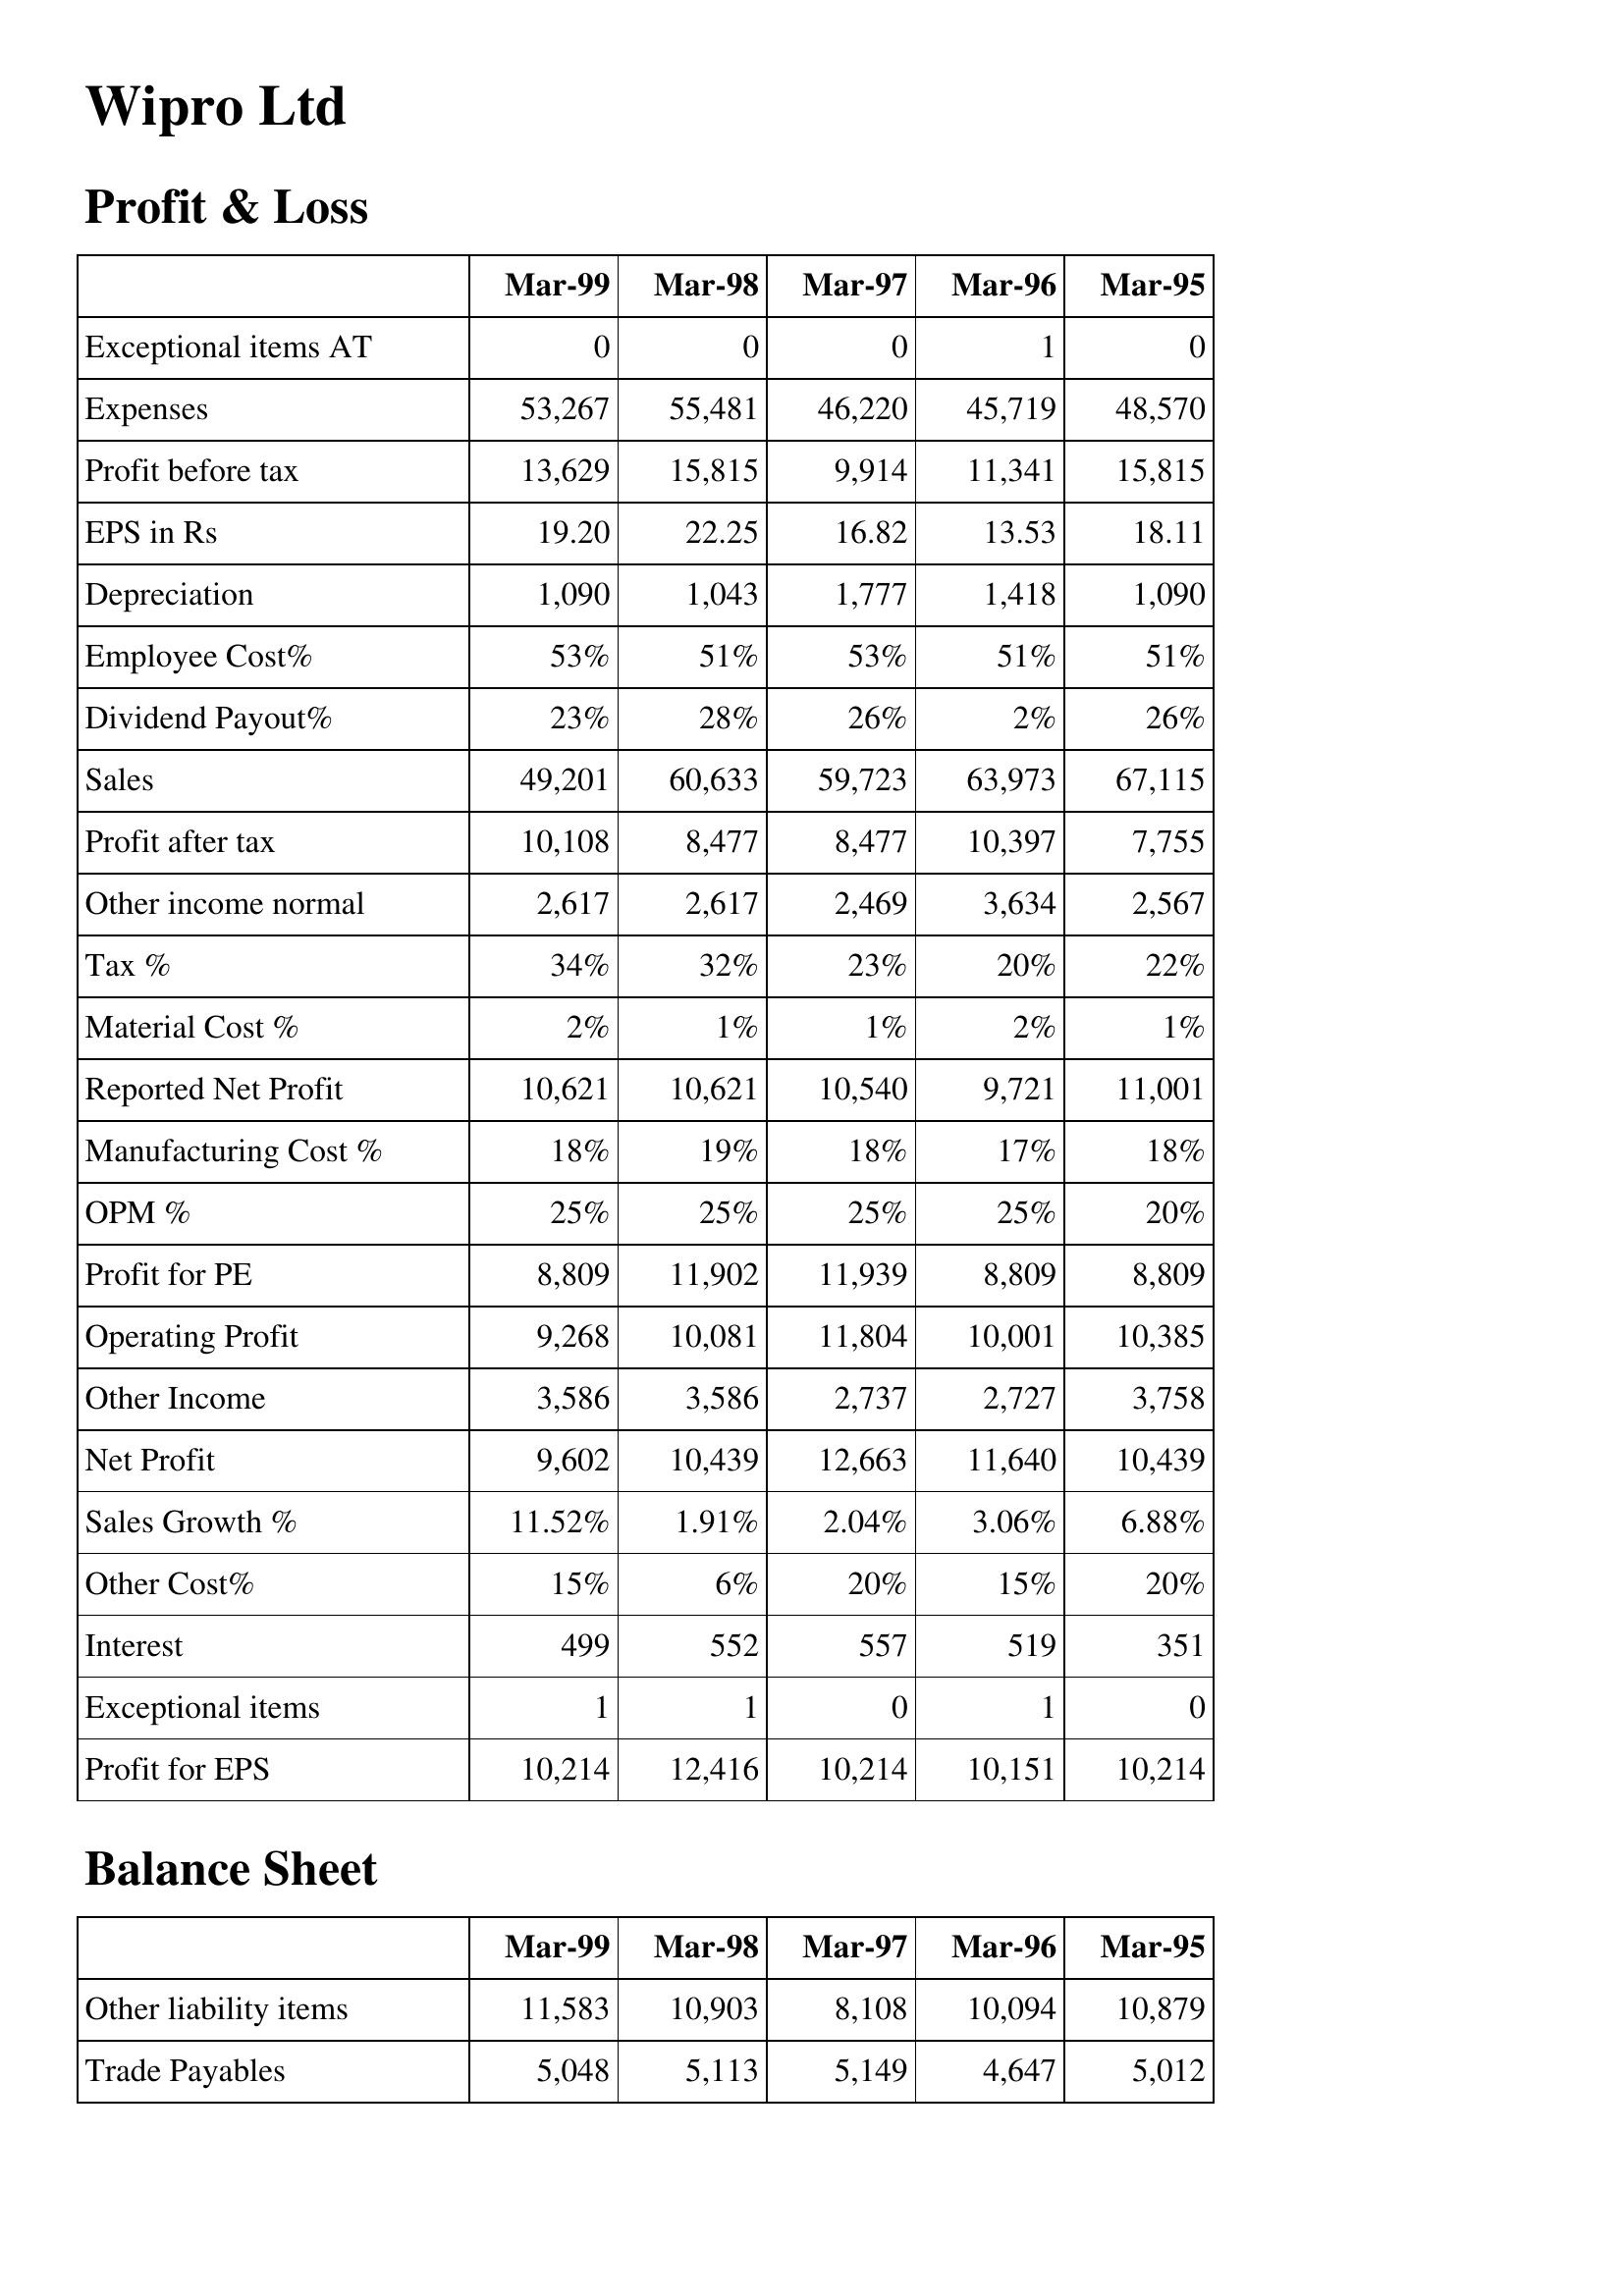
Mar-99: Profit & Loss: Exceptional items AT: 0
Expenses: 53,267
Profit before tax: 13,629
EPS in Rs: 19.20
Depreciation: 1,090
Employee Cost%: 53%
Dividend Payout%: 23%
Sales: 49,201
Profit after tax: 10,108
Other income normal: 2,617
Tax %: 34%
Material Cost %: 2%
Reported Net Profit: 10,621
Manufacturing Cost %: 18%
OPM %: 25%
Profit for PE: 8,809
Operating Profit: 9,268
Other Income: 3,586
Net Profit: 9,602
Sales Growth %: 11.52%
Other Cost%: 15%
Interest: 499
Exceptional items: 1
Profit for EPS: 10,214
Balance Sheet: Other liability items: 11,583
Trade Payables: 5,048
Mar-98: Profit & Loss: Exceptional items AT: 0
Expenses: 55,481
Profit before tax: 15,815
EPS in Rs: 22.25
Depreciation: 1,043
Employee Cost%: 51%
Dividend Payout%: 28%
Sales: 60,633
Profit after tax: 8,477
Other income normal: 2,617
Tax %: 32%
Material Cost %: 1%
Reported Net Profit: 10,621
Manufacturing Cost %: 19%
OPM %: 25%
Profit for PE: 11,902
Operating Profit: 10,081
Other Income: 3,586
Net Profit: 10,439
Sales Growth %: 1.91%
Other Cost%: 6%
Interest: 552
Exceptional items: 1
Profit for EPS: 12,416
Balance Sheet: Other liability items: 10,903
Trade Payables: 5,113
Mar-97: Profit & Loss: Exceptional items AT: 0
Expenses: 46,220
Profit before tax: 9,914
EPS in Rs: 16.82
Depreciation: 1,777
Employee Cost%: 53%
Dividend Payout%: 26%
Sales: 59,723
Profit after tax: 8,477
Other income normal: 2,469
Tax %: 23%
Material Cost %: 1%
Reported Net Profit: 10,540
Manufacturing Cost %: 18%
OPM %: 25%
Profit for PE: 11,939
Operating Profit: 11,804
Other Income: 2,737
Net Profit: 12,663
Sales Growth %: 2.04%
Other Cost%: 20%
Interest: 557
Exceptional items: 0
Profit for EPS: 10,214
Balance Sheet: Other liability items: 8,108
Trade Payables: 5,149
Mar-96: Profit & Loss: Exceptional items AT: 1
Expenses: 45,719
Profit before tax: 11,341
EPS in Rs: 13.53
Depreciation: 1,418
Employee Cost%: 51%
Dividend Payout%: 2%
Sales: 63,973
Profit after tax: 10,397
Other income normal: 3,634
Tax %: 20%
Material Cost %: 2%
Reported Net Profit: 9,721
Manufacturing Cost %: 17%
OPM %: 25%
Profit for PE: 8,809
Operating Profit: 10,001
Other Income: 2,727
Net Profit: 11,640
Sales Growth %: 3.06%
Other Cost%: 15%
Interest: 519
Exceptional items: 1
Profit for EPS: 10,151
Balance Sheet: Other liability items: 10,094
Trade Payables: 4,647
Mar-95: Profit & Loss: Exceptional items AT: 0
Expenses: 48,570
Profit before tax: 15,815
EPS in Rs: 18.11
Depreciation: 1,090
Employee Cost%: 51%
Dividend Payout%: 26%
Sales: 67,115
Profit after tax: 7,755
Other income normal: 2,567
Tax %: 22%
Material Cost %: 1%
Reported Net Profit: 11,001
Manufacturing Cost %: 18%
OPM %: 20%
Profit for PE: 8,809
Operating Profit: 10,385
Other Income: 3,758
Net Profit: 10,439
Sales Growth %: 6.88%
Other Cost%: 20%
Interest: 351
Exceptional items: 0
Profit for EPS: 10,214
Balance Sheet: Other liability items: 10,879
Trade Payables: 5,012